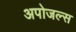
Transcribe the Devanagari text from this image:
अपोजल्स